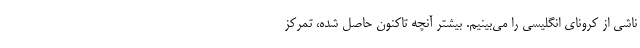
ناشی از کرونای انگلیسی را می‌بینیم. بیشتر آنچه تاکنون حاصل شده، ‌تمرکز